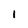
Character: 1